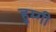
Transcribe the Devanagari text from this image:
हुम्गी